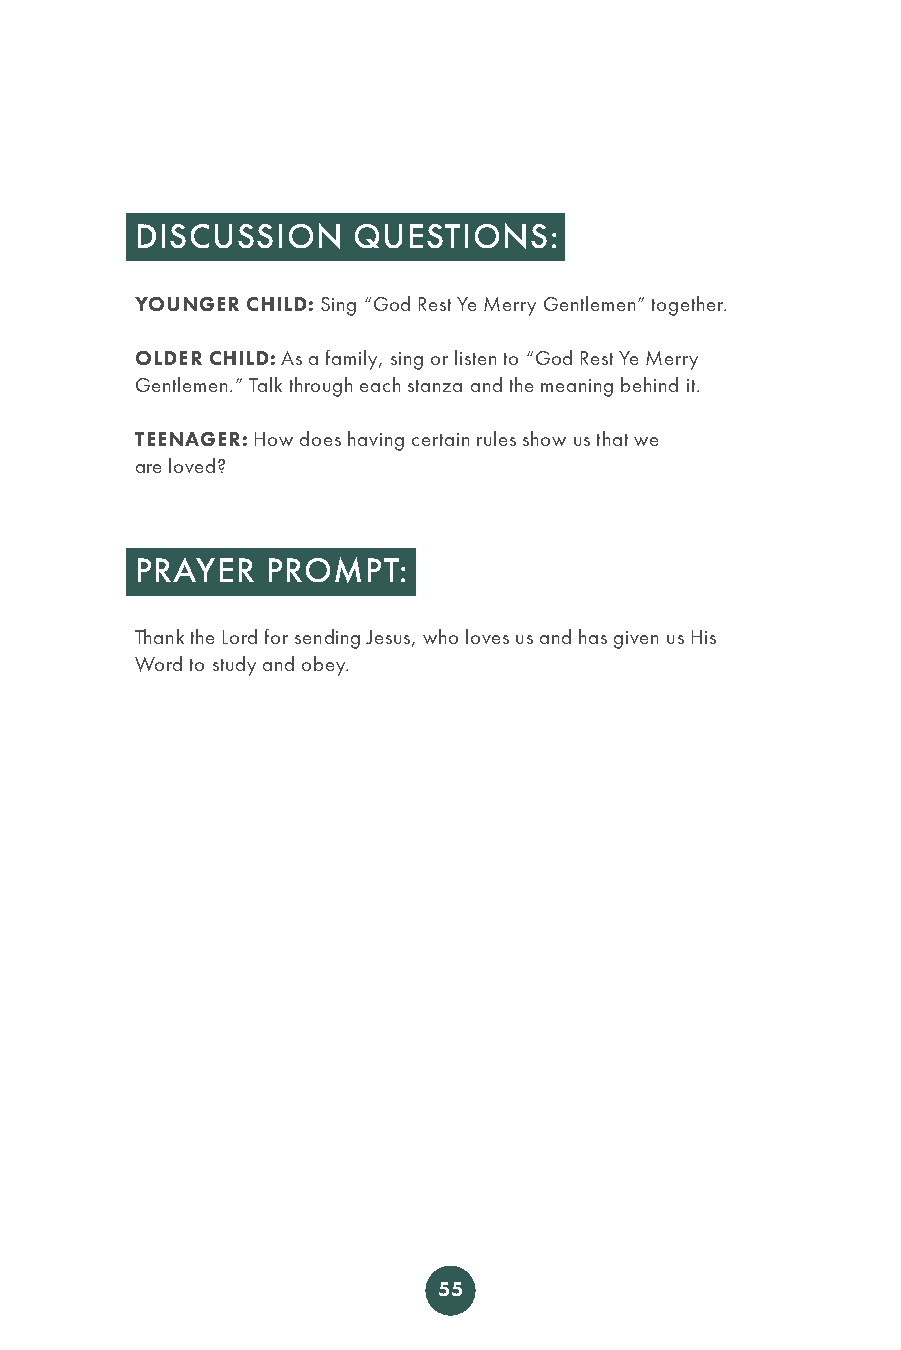
DISCUSSION    QUESTIONS:
 YOUNGER CHILD: Sing “God Rest Ye Merry Gentlemen” together.
 OLDER CHILD: As a family, sing or listen to “God Rest Ye Merry
 Gentlemen.” Talk through each stanza and the meaning behind it.
 TEENAGER: How does having certain rules show us that we
 are loved?
 PRAYER   PROMPT:
 Thank the Lord for sending Jesus, who loves us and has given us His
 Word to study and obey.
 55